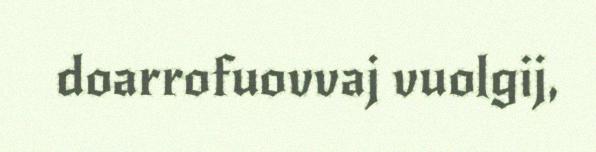
doarrofuovvaj vuolgij,